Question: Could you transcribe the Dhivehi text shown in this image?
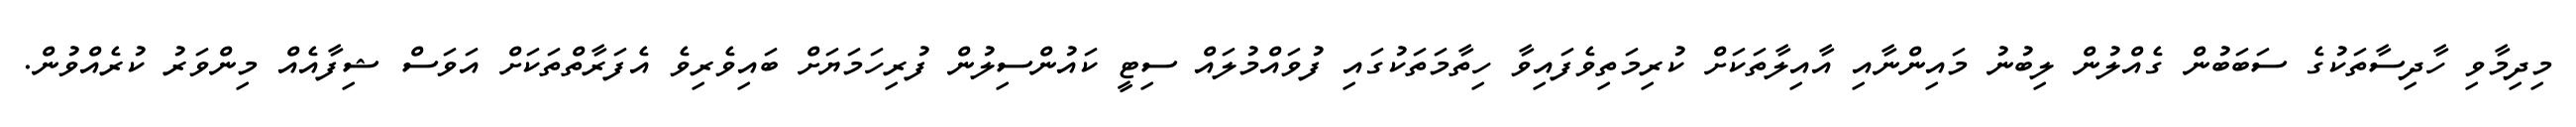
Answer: މިދިމާވި ހާދިސާތަކުގެ ސަބަބުން ގެއްލުން ލިބުނު މައިންނާއި އާއިލާތަކަށް ކުރިމަތިވެފައިވާ ހިތާމަތަކުގައި ފުވައްމުލައް ސިޓީ ކައުންސިލުން ފުރިހަމަޔަށް ބައިވެރިވެ އެފަރާތްތަކަށް އަވަސް ޝިފާއެއް މިންވަރު ކުރެއްވުން.